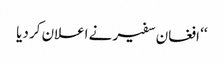
‘‘ افغان سفیر نے اعلان کر دیا